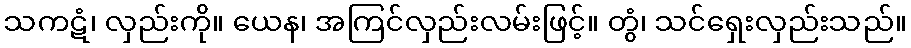
သကဋံ၊ လှည်းကို။ ယေန၊ အကြင်လှည်းလမ်းဖြင့်။ တွံ၊ သင်ရှေးလှည်းသည်။